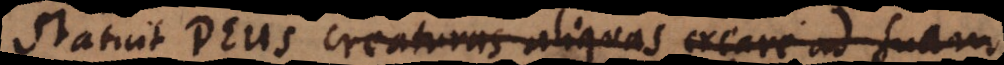
Statuit Deus creaturas aliquas creare ad suam